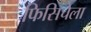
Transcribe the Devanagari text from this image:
फिसिचेला